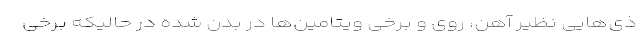
ذی‌هایی نظیر آهن، روی و برخی ویتامین‌ها در بدن شده در حالیکه برخی